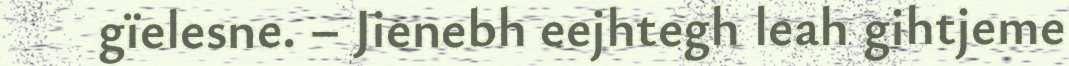
gïelesne. – Jienebh eejhtegh leah gihtjeme